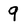
Character: 9